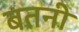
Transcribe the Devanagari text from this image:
बतनी